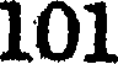
101